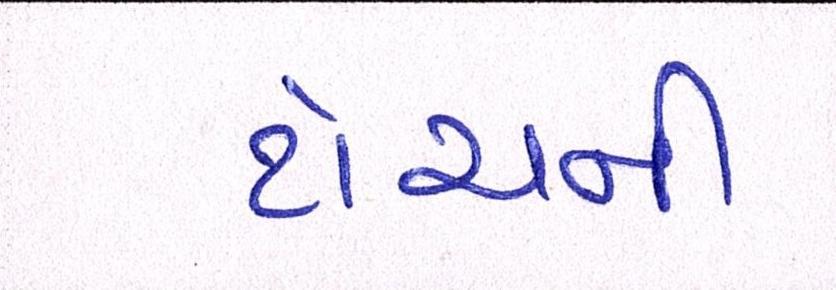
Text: ટોચની